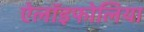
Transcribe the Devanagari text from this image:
ऐलॉइफोलिया